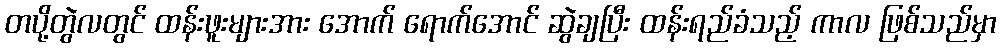
တပို့တွဲလတွင် ထန်းဖူးများအား အောက် ရောက်အောင် ဆွဲချပြီး ထန်းရည်ခံသည့် ကာလ ဖြစ်သည်မှာ